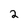
Character: 2